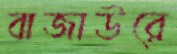
বাজাউরে